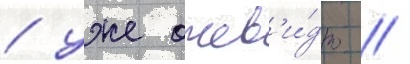
/ уже очев'и́дно /